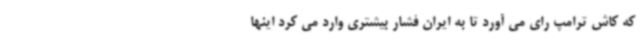
که کاش ترامپ رای می آورد تا به ایران فشار بیشتری وارد می کرد اینها